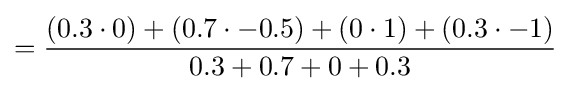
={\frac {(0.3\cdot 0)+(0.7\cdot -0.5)+(0\cdot 1)+(0.3\cdot -1)}{0.3+0.7+0+0.3}}